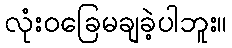
လုံးဝခြေမချခဲ့ပါဘူး။